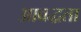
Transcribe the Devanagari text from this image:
आबद्धता